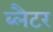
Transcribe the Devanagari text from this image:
ब्लैटर